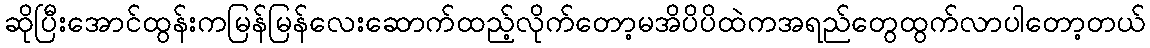
ဆိုပြီးအောင်ထွန်းကမြန်မြန်လေးဆောက်ထည့်လိုက်တော့မအိပိပိထဲကအရည်တွေထွက်လာပါတော့တယ်